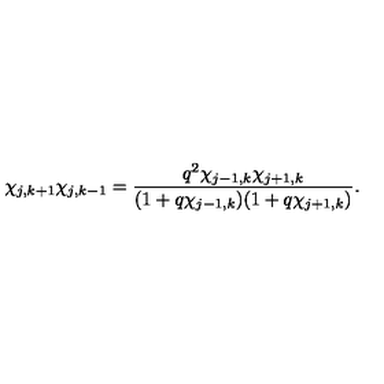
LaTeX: \chi _ { j , k + 1 } \chi _ { j , k - 1 } = \frac { q ^ { 2 } \chi _ { j - 1 , k } \chi _ { j + 1 , k } } { ( 1 + q \chi _ { j - 1 , k } ) ( 1 + q \chi _ { j + 1 , k } ) } .